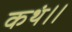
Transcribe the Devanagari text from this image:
कथं।।